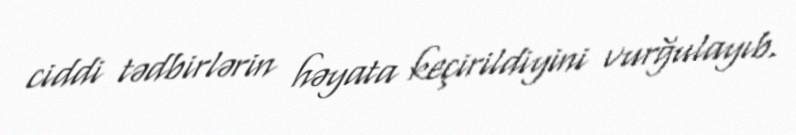
ciddi tədbirlərin həyata keçirildiyini vurğulayıb.